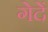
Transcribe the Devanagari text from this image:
गेदें